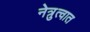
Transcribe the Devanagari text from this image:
नेत्रुत्वात